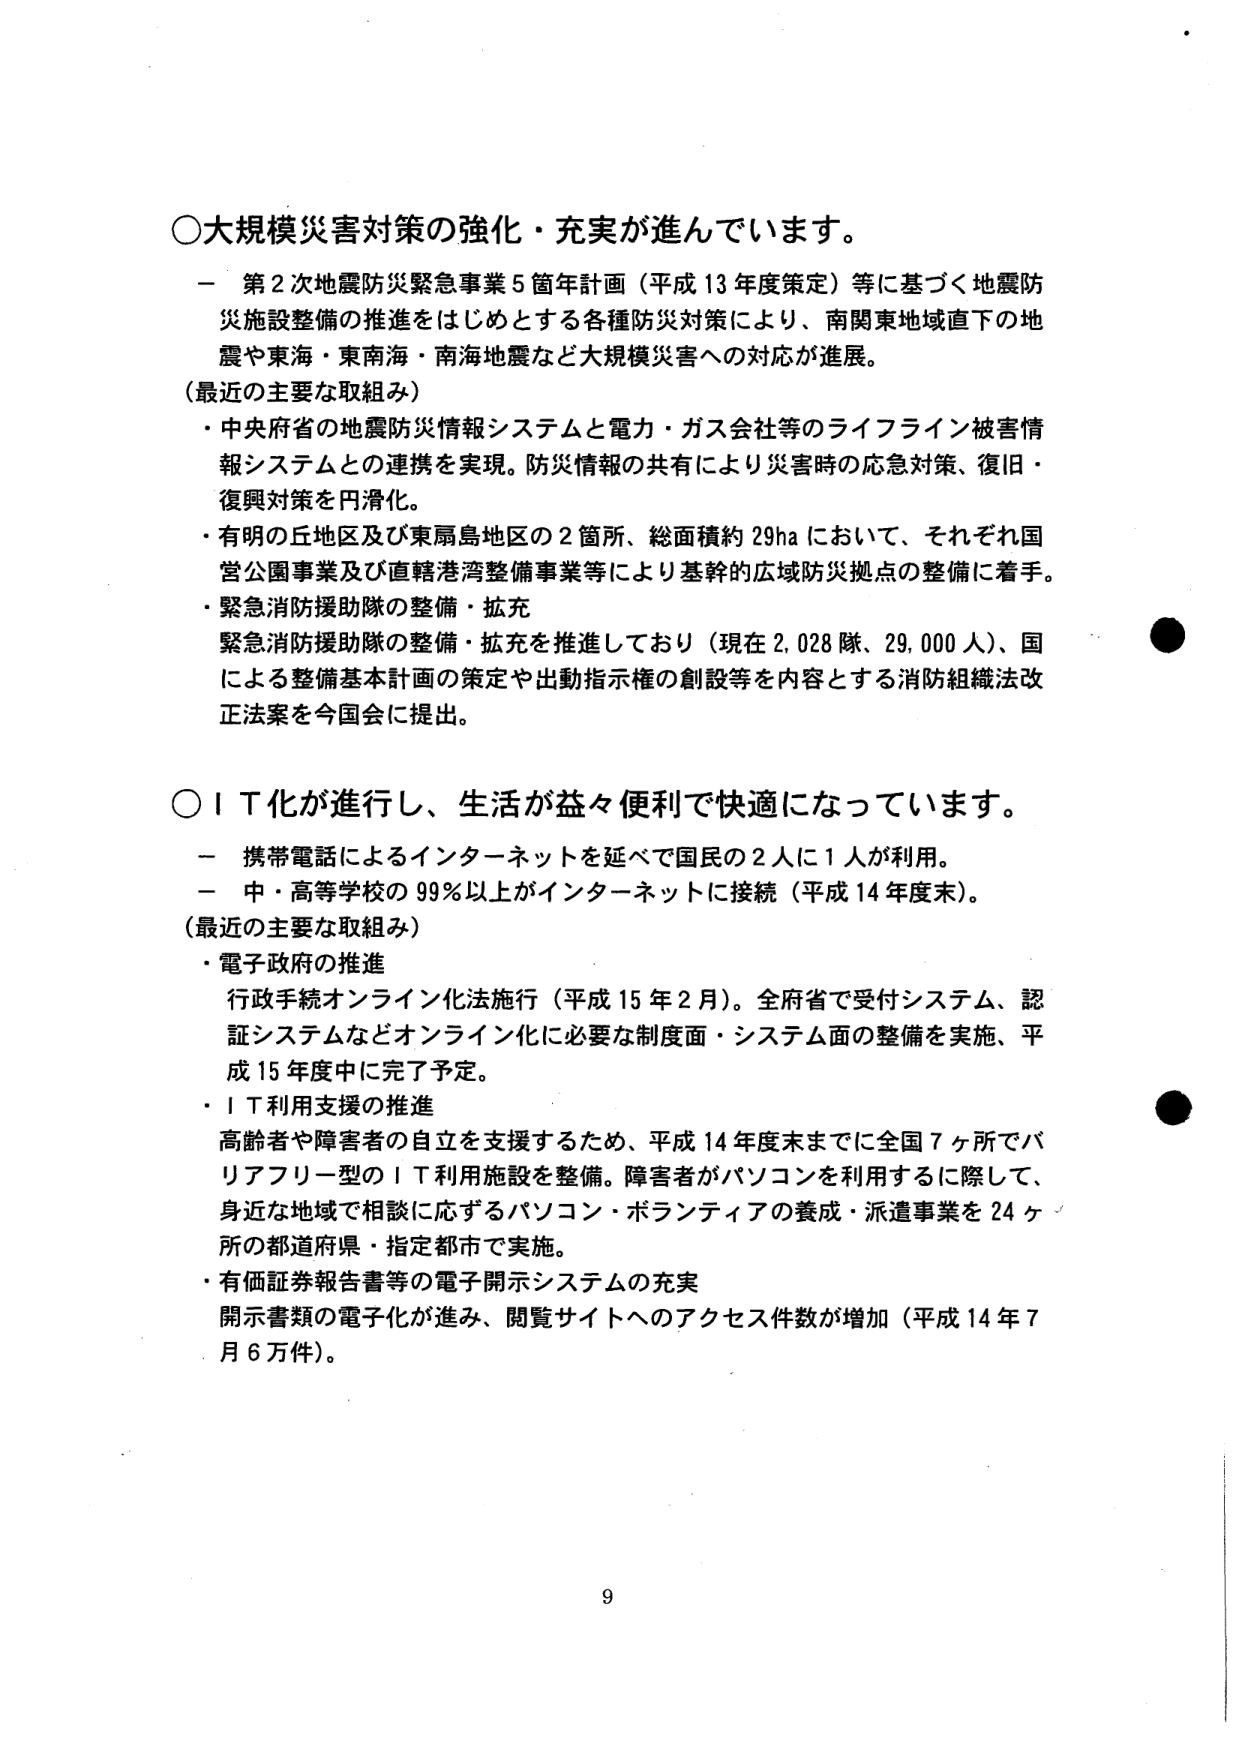
○大規模災害対策の強化・充実が進んでいます。
－ 第2次地震防災緊急事業5箇年計画（平成13年度策定）等に基づく地震防災施設整備の推進をはじめとする各種防災対策により、南関東地域直下の地震や東海・東南海・南海地震など大規模災害への対応が進展。
（最近の主要な取組み）
・中央府省の地震防災情報システムと電力・ガス会社等のライフライン被害情報システムとの連携を実現。防災情報の共有により災害時の応急対策、復旧・復興対策を円滑化。
・有明の丘地区及び東扇島地区の2箇所、総面積約29haにおいて、それぞれ国営公園事業及び直轄港湾整備事業等により基幹的広域防災拠点の整備に着手。
・緊急消防援助隊の整備・拡充
緊急消防援助隊の整備・拡充を推進しており（現在2,028隊、29,000人）、国による整備基本計画の策定や出動指示権の創設等を内容とする消防組織法改正法案を今国会に提出。

○ＩＴ化が進行し、生活が益々便利で快適になっています。
－ 携帯電話によるインターネットを延べで国民の2人に1人が利用。
－ 中・高等学校の99％以上がインターネットに接続（平成14年度末）。
（最近の主要な取組み）
・電子政府の推進
行政手続オンライン化法施行（平成15年2月）。全府省で受付システム、認証システムなどオンライン化に必要な制度面・システム面の整備を実施、平成15年度中に完了予定。
・ＩＴ利用支援の推進
高齢者や障害者の自立を支援するため、平成14年度末までに全国7ヶ所でバリアフリー型のＩＴ利用施設を整備。障害者がパソコンを利用するに際して、身近な地域で相談に応ずるパソコン・ボランティアの養成・派遣事業を24ヶ所の都道府県・指定都市で実施。
・有価証券報告書等の電子開示システムの充実
開示書類の電子化が進み、閲覧サイトへのアクセス件数が増加（平成14年7月6万件）。

9